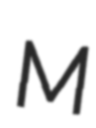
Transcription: M